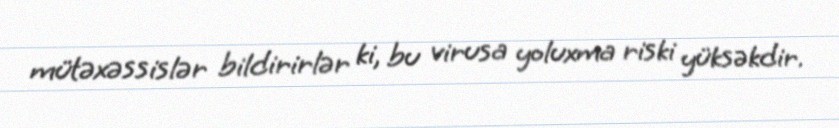
mütəxəssislər bildirirlər ki, bu virusa yoluxma riski yüksəkdir.